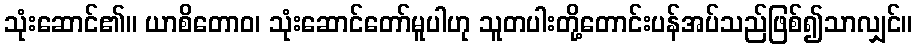
သုံးဆောင်၏။ ယာစိတောဝ၊ သုံးဆောင်တော်မူပါဟု သူတပါးတို့တောင်းပန်အပ်သည်ဖြစ်၍သာလျှင်။